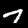
Label: 7